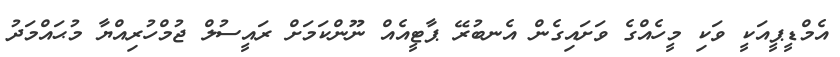
އެމްޑީޕީއަކީ ވަކި މީހެއްގެ ވަށައިގެން އެނބުރޭ ޕާޓީއެއް ނޫންކަމަށް ރައީސުލް ޖުމްހުރިއްޔާ މުޙައްމަދު